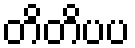
တိတိပပ